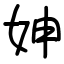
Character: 妽